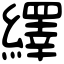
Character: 繹